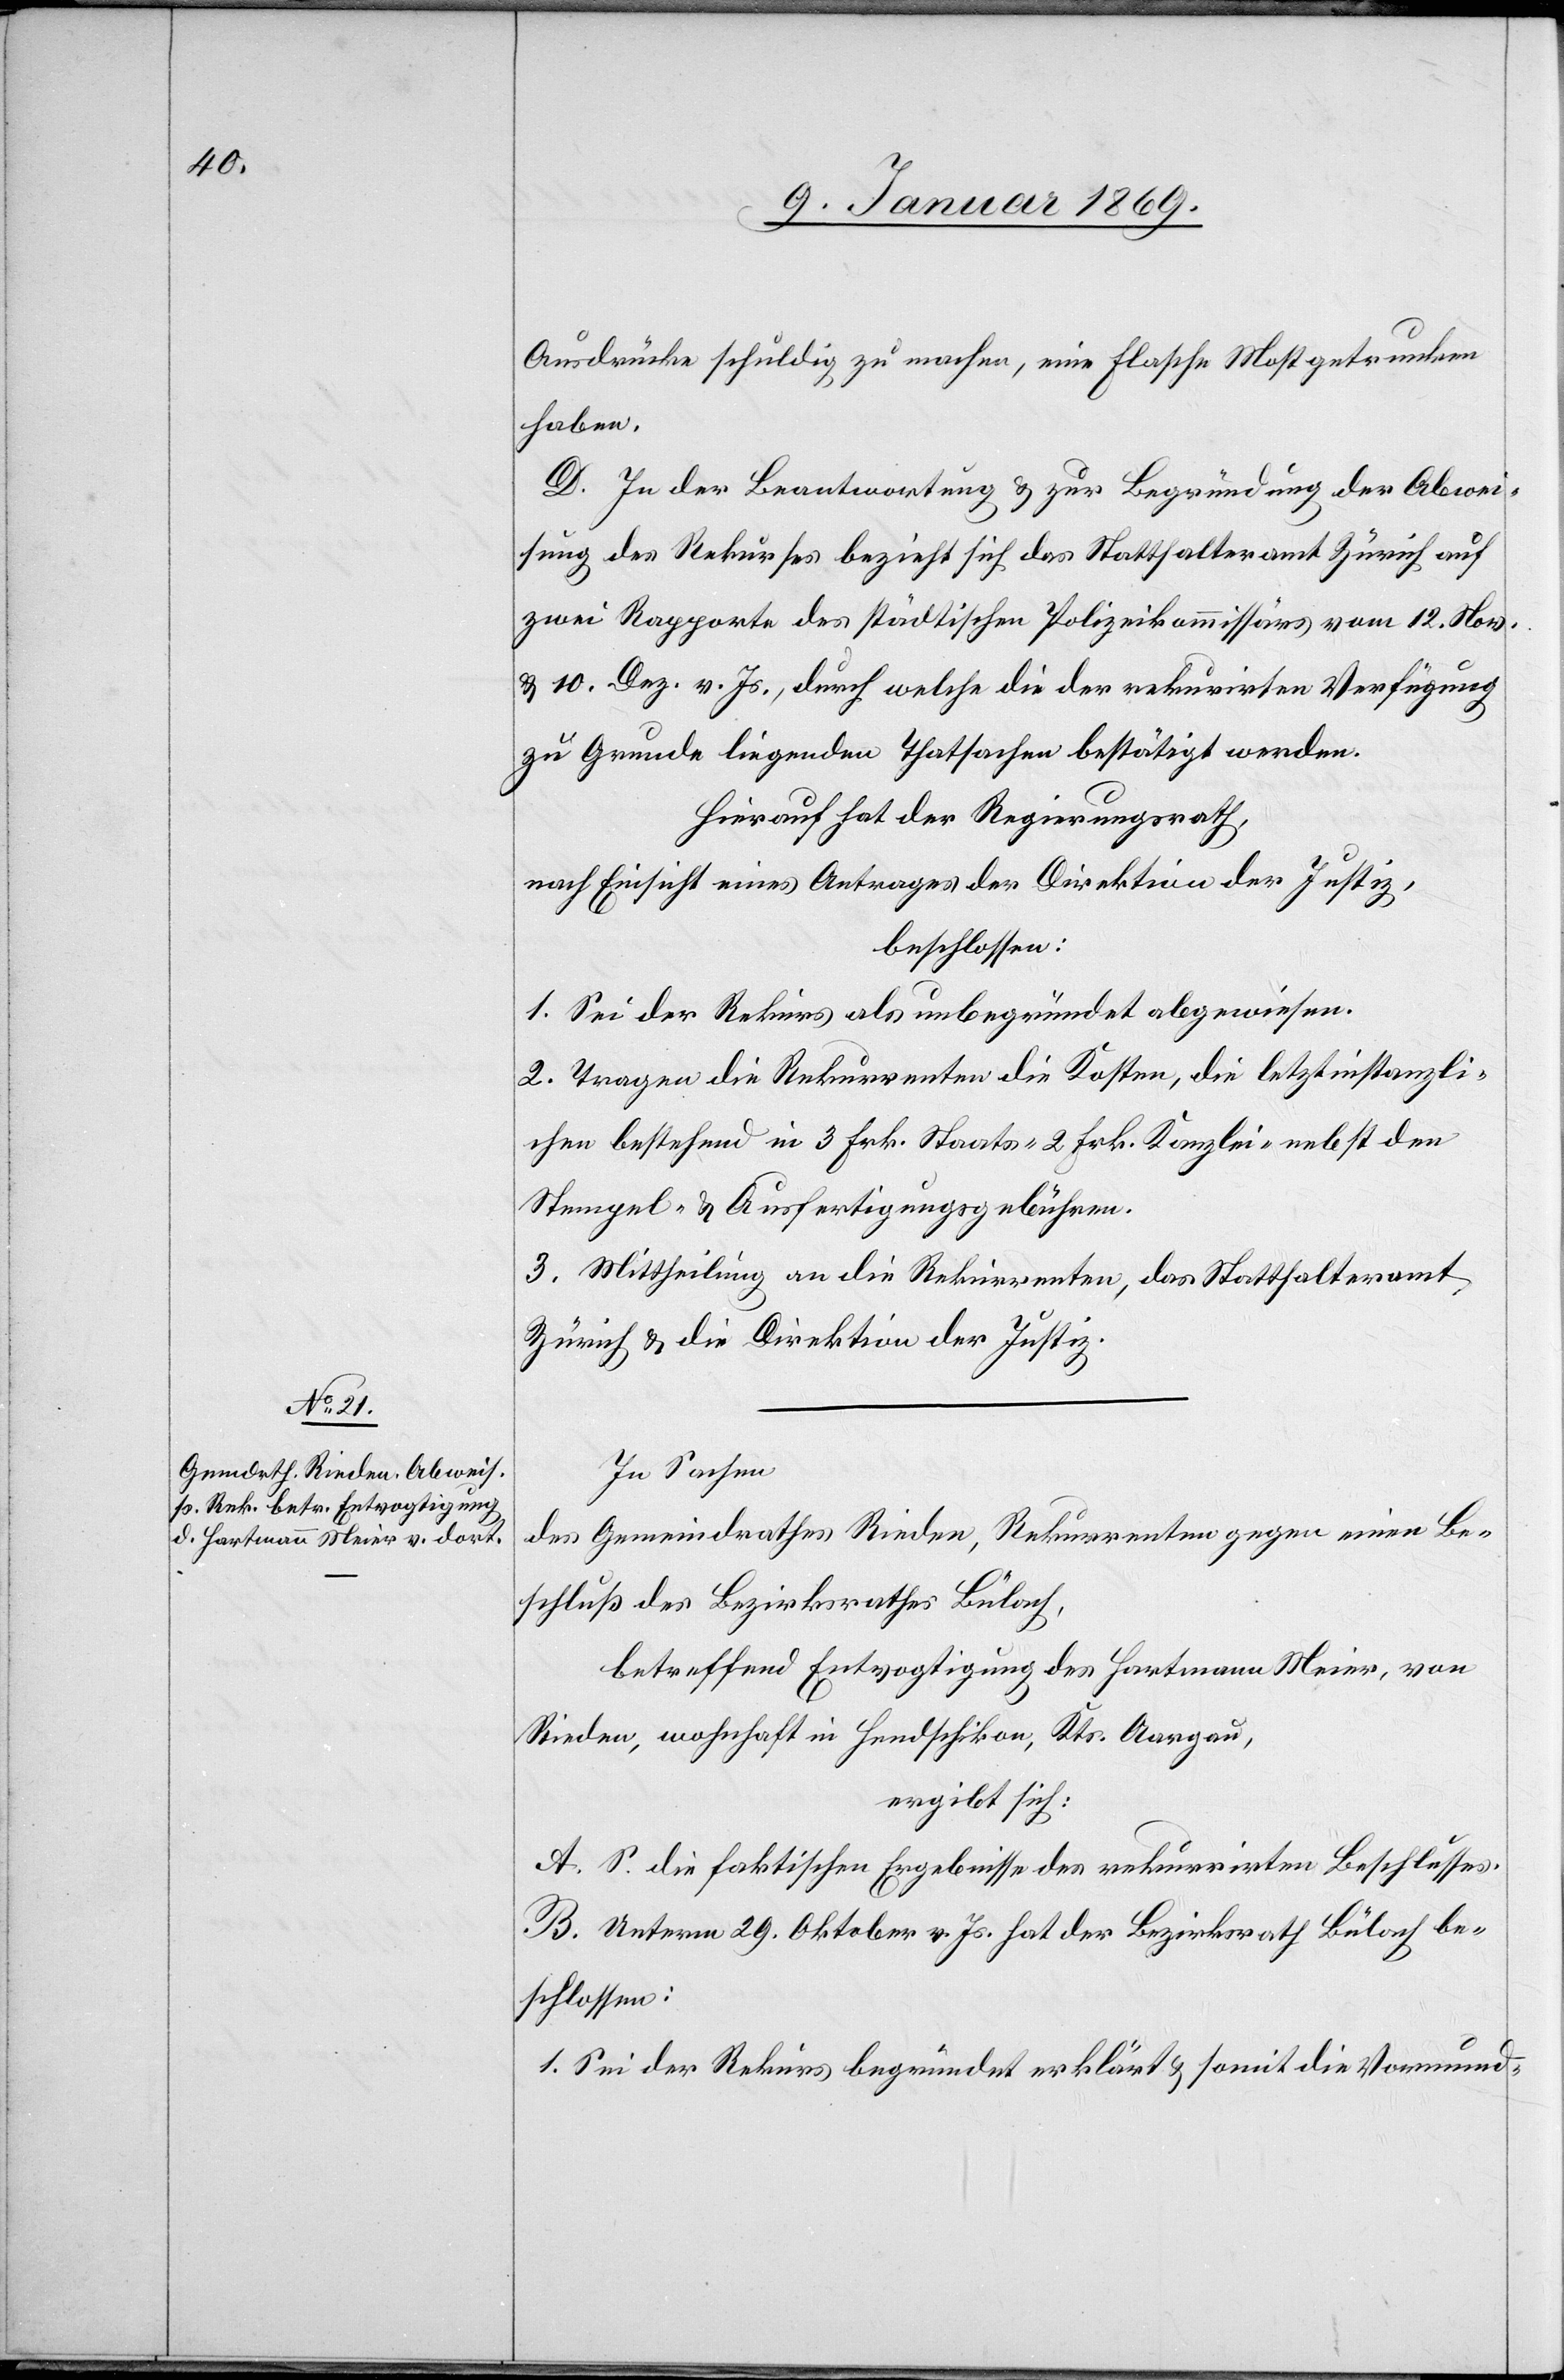
Ausdrücke schuldig zu machen, eine Flasche Most getrunken
haben.
D. In der Beantwortung & zur Begründung der Abwei¬
sung des Rekurses bezieht sich das Statthalteramt Zürich auf
zwei Rapporte des städtischen Polizeikommissärs vom 12. Nov.
& 10. Dez. v. Js., durch welche die der rekurrirten Verfügung
zu Grunde liegenden Thatsachen bestätigt werden.
Hierauf hat der Regierungsrath,
nach Einsicht eines Antrages der Direktion der Justiz,
beschlossen:
1. Sei der Rekurs als unbegründet abgewiesen.
2. Tragen die Rekurrenten die Kosten, die letztinstanzli¬
chen bestehend in 3 Frk. Staats [,] 2 Frk. Kanzlei- nebst den
Stempel- & Ausfertigungsgebühren.
3. Mittheilung an die Rekurrenten, das Statthalteramt
Zürich & die Direktion der Justiz.
In Sachen
des Gemeindrathes Rieden, Rekurrenten gegen einen Be¬
schluß des Bezirksrathes Bülach,
betreffend Entvogtigung des Hartmann Meier, von
Rieden, wohnhaft in Hendschikon, Kts. Aargau,
ergibt sich:
A. S. die faktischen Ergebnisse des rekurrirten Beschlusses.
B. Unterm 29. Oktober v. Js. hat der Bezirksrath Bülach be¬
schlossen:
1. Sei der Rekurs begründet erklärt & somit die Vormund-